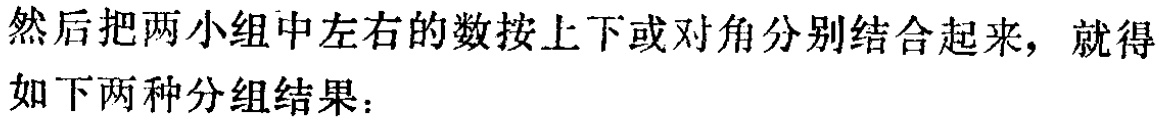
然后把两小组中左右的数按上下或对角分别结合起来，就得如下两种分组结果：